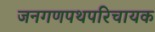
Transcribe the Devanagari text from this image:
जनगणपथपरिचायक